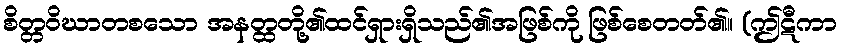
စိတ္တဝိဃာတစသော အနတ္ထတို့၏ထင်ရှားရှိသည်၏အဖြစ်ကို ဖြစ်စေတတ်၏။ (ဤဋီကာ